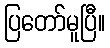
ပြတော်မူပြီ။